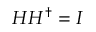
H H ^ { \dagger } = I